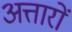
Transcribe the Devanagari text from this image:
अत्तारों